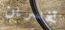
تخسرين